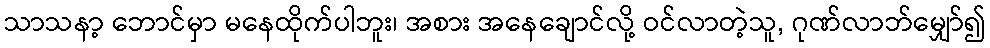
သာသနာ့ ဘောင်မှာ မနေထိုက်ပါဘူး၊ အစား အနေချောင်လို့ ဝင်လာတဲ့သူ, ဂုဏ်လာဘ်မျှော်၍